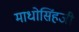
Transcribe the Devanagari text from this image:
माधोसिंहजी